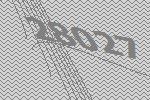
28027